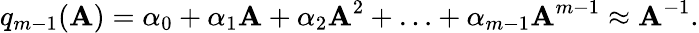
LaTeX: q_{m-1}(\textrm{\textbf{A}})=\alpha_{0}+\alpha_{1}\textrm{\textbf{A}}+\alpha_{2}\textrm{\textbf{A}}^{2}+\ldots+\alpha_{m-1}\textrm{\textbf{A}}^{m-1}\approx\textrm{\textbf{A}}^{-1}.